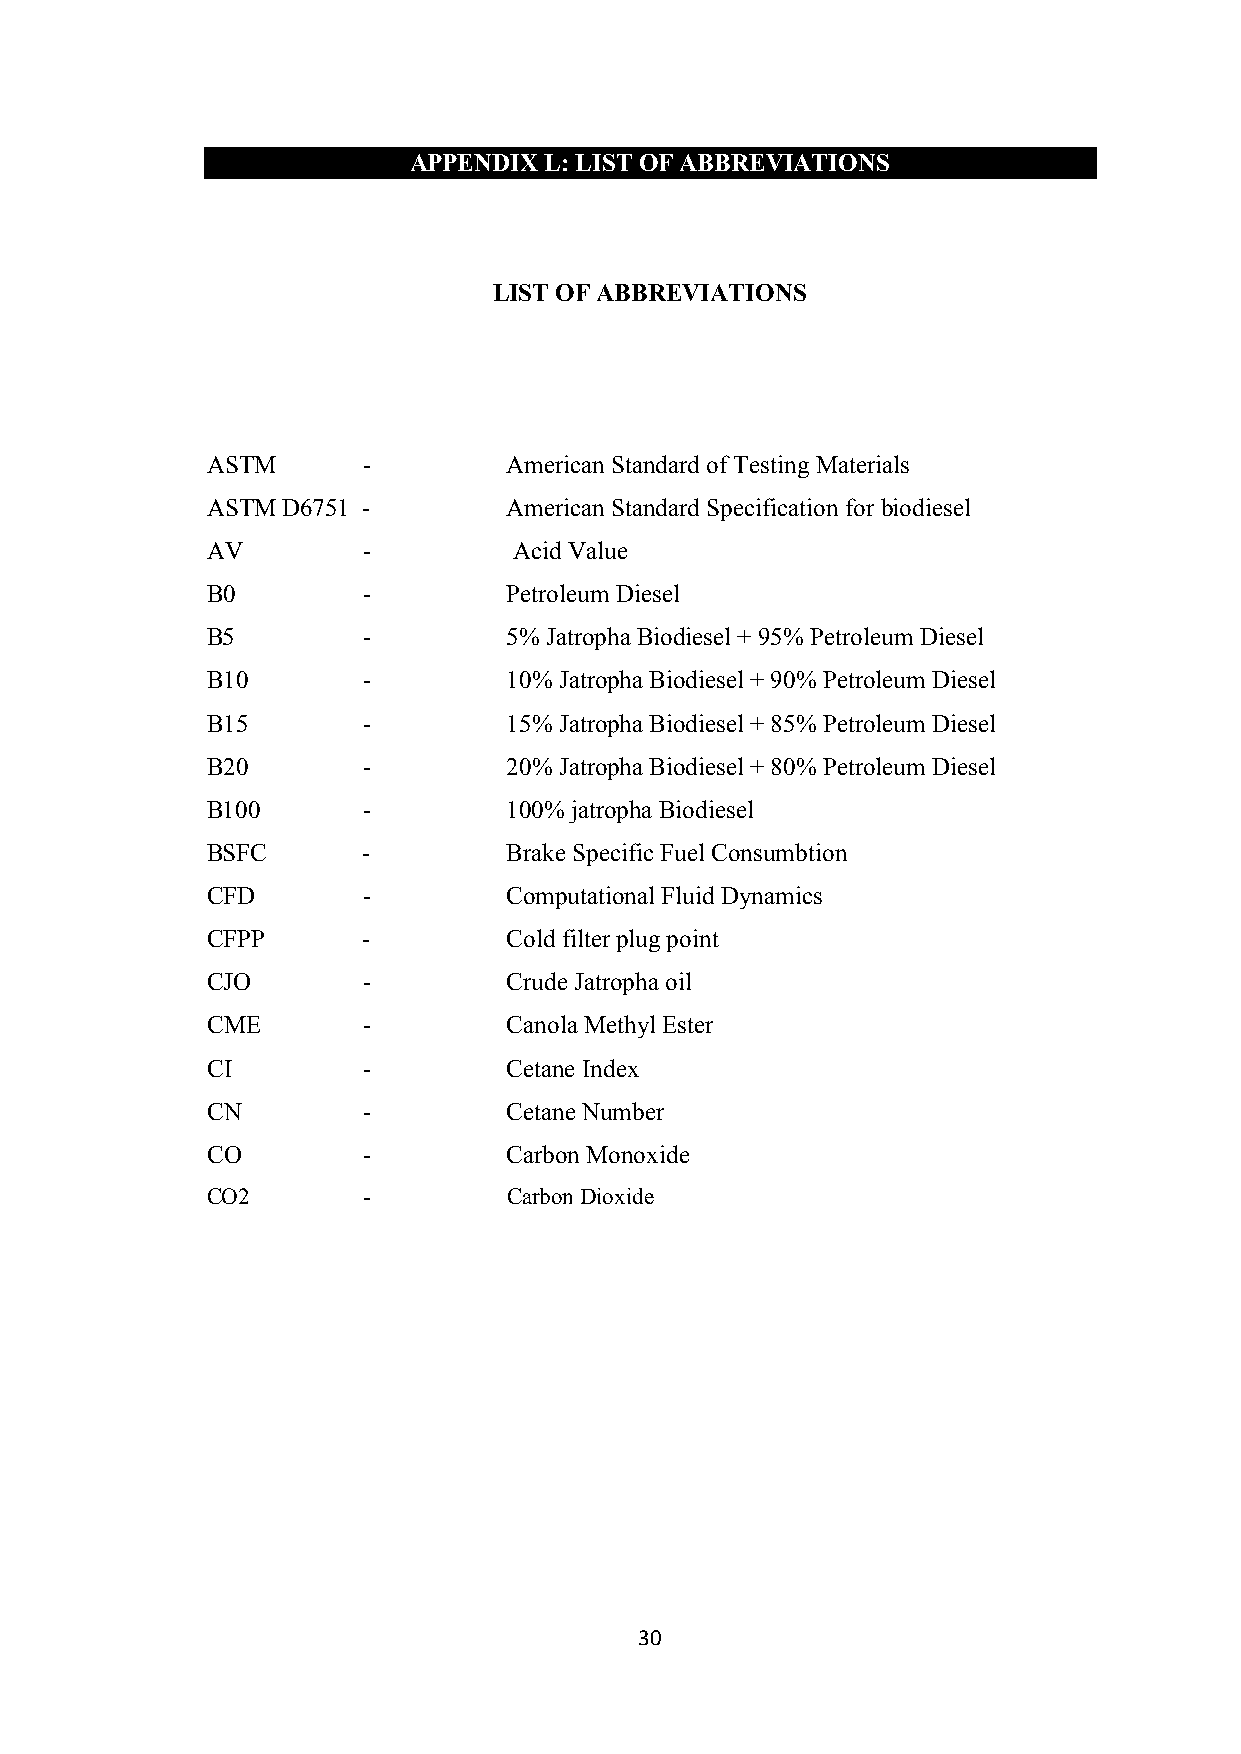
APPENDIX L: LIST OF ABBREVIATIONS
 LIST OF ABBREVIATIONS
 ASTM      -         American Standard of Testing Materials
 ASTM D6751 -        American Standard Specification for biodiesel
 AV        -         Acid Value
 B0        -         Petroleum Diesel
 B5        -         5% Jatropha Biodiesel + 95% Petroleum Diesel
 B10       -         10% Jatropha Biodiesel + 90% Petroleum Diesel
 B15       -         15% Jatropha Biodiesel + 85% Petroleum Diesel
 B20       -         20% Jatropha Biodiesel + 80% Petroleum Diesel
 B100      -         100% jatropha Biodiesel
 BSFC      -         Brake Specific Fuel Consumbtion
 CFD       -         Computational Fluid Dynamics
 CFPP      -         Cold filter plug point
 CJO       -         Crude Jatropha oil
 CME       -         Canola Methyl Ester
 CI        -         Cetane Index
 CN        -         Cetane Number
 CO        -         Carbon Monoxide
 CO2       -         Carbon Dioxide
 30